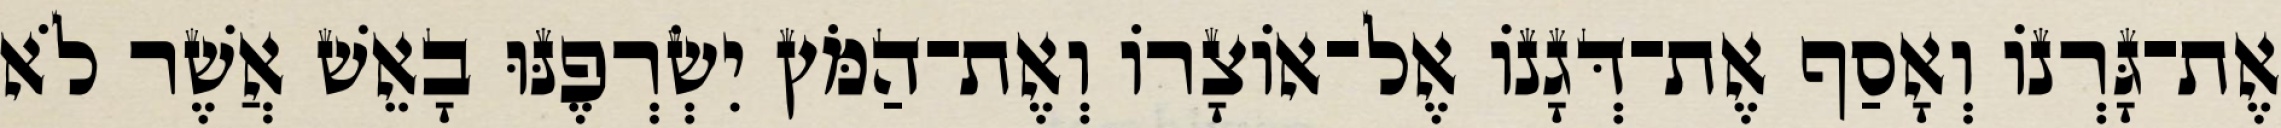
אֶת־גָּרְנוֹ וְאָסַף אֶת־דְּגָנוֹ אֶל־אוֹצָרוֹ וְאֶת־הַמֹּץ יִשְׂרְפֶנּוּ בָאֵשׁ אֲשֶׁר לֹא